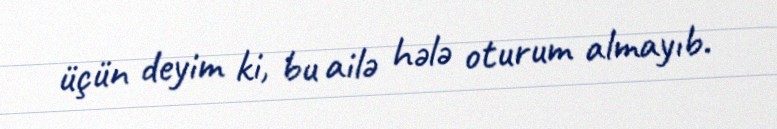
üçün deyim ki, bu ailə hələ oturum almayıb.